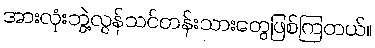
အားလုံးဘွဲ့လွန်သင်တန်းသားတွေဖြစ်ကြတယ်။